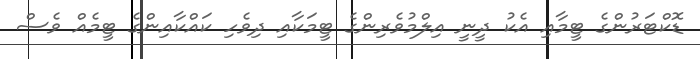
ޑޮކްޓަރުންގެ ޓީމާއި އެކު ދީނީ އިލްމުވެރިންގެ ޓީމަކާއި ދިވެހި ކައްކާއިންގެ ޓީމެއް ވެސް